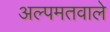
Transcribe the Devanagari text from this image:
अल्पमतवाले